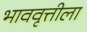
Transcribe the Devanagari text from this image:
भाववृत्तीला